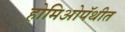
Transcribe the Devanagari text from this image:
होमिओपॅथीत